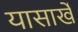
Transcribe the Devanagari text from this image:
यासार्खे